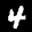
Label: 4